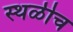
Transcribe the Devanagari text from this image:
स्थळीच